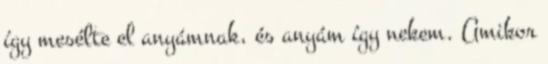
így mesélte el anyámnak, és anyám így nekem. Amikor